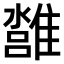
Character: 𩀢